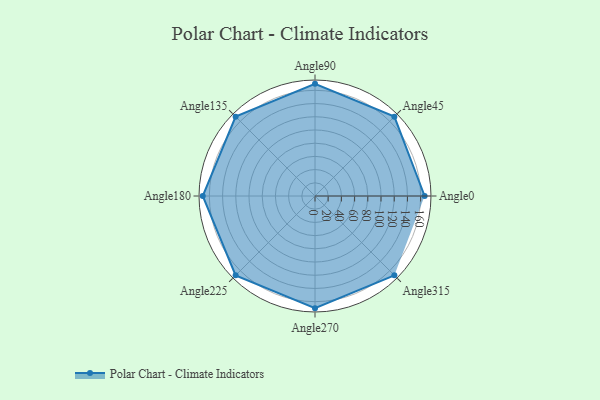
{"axis": {"x": "Angle", "y": "Radius"}, "legend": [""], "data": [{"x": "Angle0", "y": 166.0, "type": ""}, {"x": "Angle45", "y": 170, "type": ""}, {"x": "Angle90", "y": 170, "type": ""}, {"x": "Angle135", "y": 170, "type": ""}, {"x": "Angle180", "y": 170, "type": ""}, {"x": "Angle225", "y": 170, "type": ""}, {"x": "Angle270", "y": 170, "type": ""}, {"x": "Angle315", "y": 170, "type": ""}]}